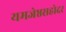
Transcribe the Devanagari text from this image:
यमजेष्ठसहोदर